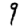
Digit: 9